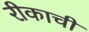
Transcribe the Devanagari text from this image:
रीकाची